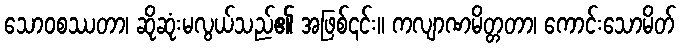
သောဝစဿတာ၊ ဆိုဆုံးမလွယ်သည်၏ အဖြစ်၎င်း။ ကလျာဏမိတ္တတာ၊ ကောင်းသောမိတ်